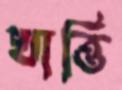
খাত্তি